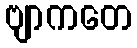
ဗျာကတေ